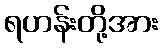
ရဟန်းတို့အား